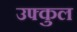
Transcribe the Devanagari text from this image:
उफ्कुल